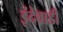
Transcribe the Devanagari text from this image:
इंदेवाडी